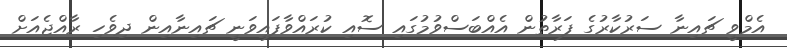
އެމްވީ ޗައިނާ ސަރުކާރުގެ ފަރާތުން އެއްބަސްވުމުގައި ސޮއި ކުރައްވާފައިވަނީ ޗައިނާއިން ދިވެހި ރާއްޖެއަށް